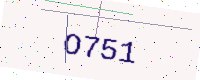
Text: O751